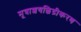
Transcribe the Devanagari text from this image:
मूत्राशयछिद्रीकरण